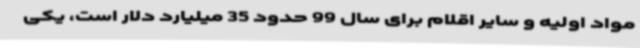
مواد اولیه و سایر اقلام برای سال 99 حدود 35 میلیارد دلار است، یکی